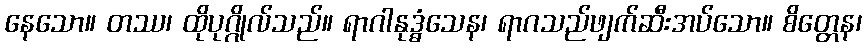
နေသော။ တဿ၊ ထိုပုဂ္ဂိုလ်သည်။ ရာဂါနုဒ္ဓံသေန၊ ရာဂသည်ဖျက်ဆီးအပ်သော။ စိတ္တေန၊